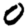
Digit: 0